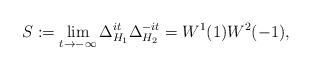
LaTeX: \begin{align*} S := \lim_{t \to -\infty} \Delta_{H_1}^{it} \Delta_{H_2}^{-it} = W^1(1) W^2(-1), \end{align*}